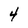
Character: 4